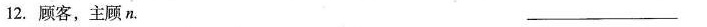
12.顾客，主顾n. ___